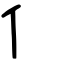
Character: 亻